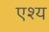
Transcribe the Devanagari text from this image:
एश्य